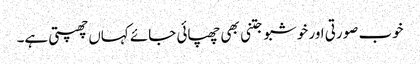
خوب صورتی اور خوشبو جتنی بھی چھپائی جائے کہاں چھپتی ہے۔